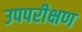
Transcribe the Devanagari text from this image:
उपपरीक्षण